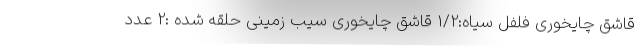
قاشق چایخوری فلفل سیاه:1/2 قاشق چایخوری سیب زمینی حلقه شده :2 عدد